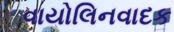
વાયોલિનવાદક